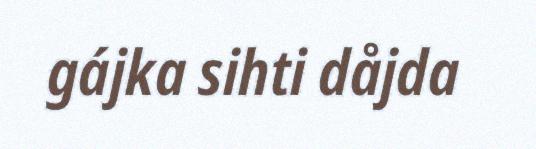
gájka sihti dåjda